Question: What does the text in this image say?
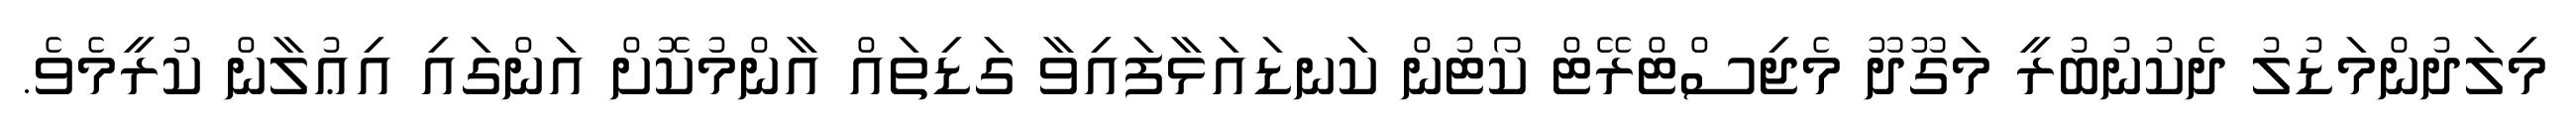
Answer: މިލަދުންމަޑުލު ދެކުނުބުރީ މަގޫދޫ މެޖިސްޓްރޭޓް ކޯޓުން ކަނޑައަޅާފައިވާ ގަޑިތައް އާންމުކޮށް އަންގައި އިޢުލާން ކުރީމެވެ.